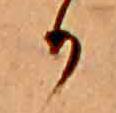
か